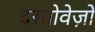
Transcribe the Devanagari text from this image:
दस्‍तोवेज़ों